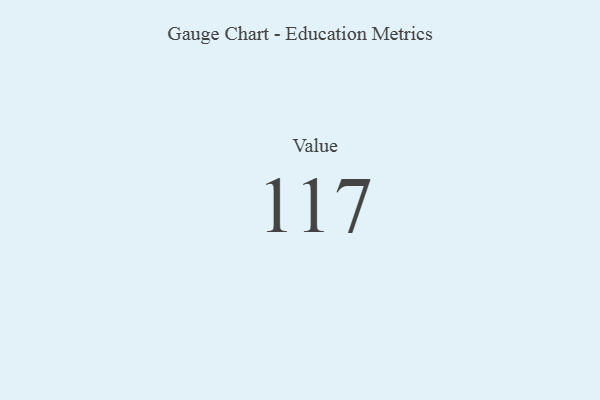
{"axis": {"x": "Metric", "y": "Value"}, "legend": [""], "data": [{"x": "Value", "y": 117, "type": ""}]}